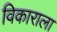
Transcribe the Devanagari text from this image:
विकाराला